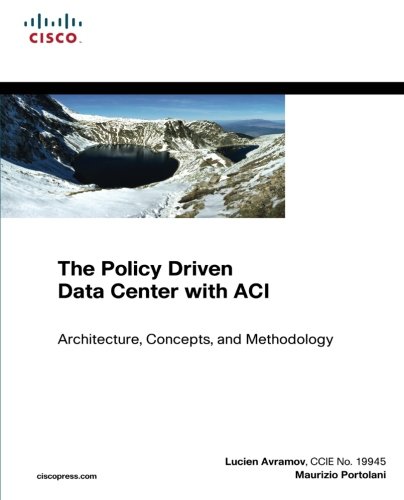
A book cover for The Policy Driven Data Center with ACI: Architecture, Concepts, and Methodology (Networking Technology); Lucien Avramov; Computers & Technology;